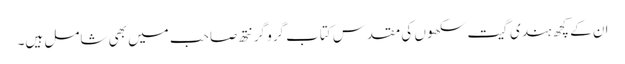
ان کے کچھ ہندی گیت سکھوں کی مقدس کتاب گرو گرنتھ صاحب میں بھی شامل ہیں۔